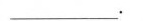
___。